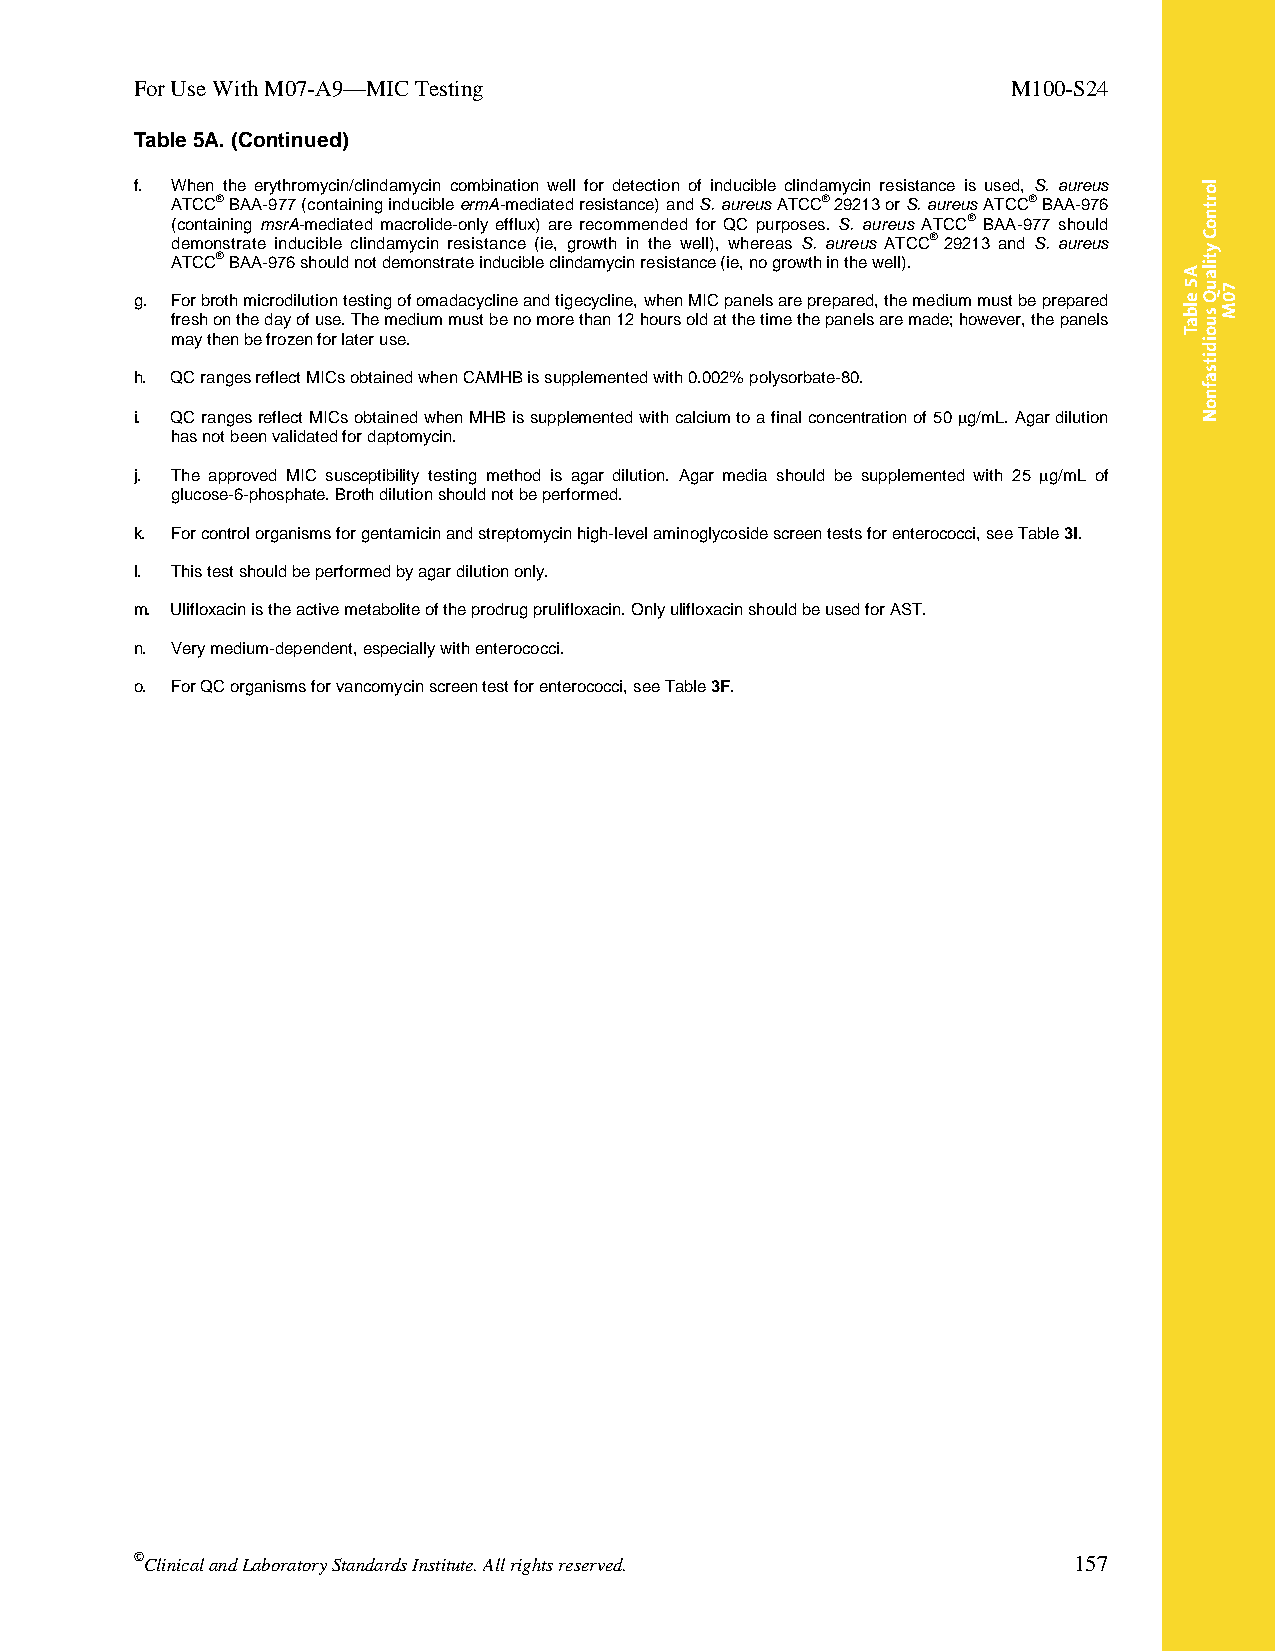
For Use With M07-A9—MIC Testing                           M100-S24
 Table 5A. (Continued)
 f. When the erythromycin/clindamycin combination well for detection of inducible clindamycin resistance is used, S. aureus
 ATCC® BAA-977 (containing inducible ermA-mediated resistance) and S. aureus ATCC® 29213 or S. aureus ATCC® BAA-976
 (containing msrA-mediated macrolide-only efflux) are recommended for QC purposes. S. aureus ATCC® BAA-977 should
 demonstrate inducible clindamycin resistance (ie, growth in the well), whereas S. aureus ATCC® 29213 and S. aureus
 ATCC® BAA-976 should not demonstrate inducible clindamycin resistance (ie, no growth in the well).
 g. For broth microdilution testing of omadacycline and tigecycline, when MIC panels are prepared, the medium must be prepared
 fresh on the day of use. The medium must be no more than 12 hours old at the time the panels are made; however, the panels
 may then be frozen for later use.
 h. QC ranges reflect MICs obtained when CAMHB is supplemented with 0.002% polysorbate-80.
 i. QC ranges reflect MICs obtained when MHB is supplemented with calcium to a final concentration of 50 g/mL. Agar dilution
 has not been validated for daptomycin.
 j. The approved MIC susceptibility testing method is agar dilution. Agar media should be supplemented with 25 g/mL of
 glucose-6-phosphate. Broth dilution should not be performed.
 k. For control organisms for gentamicin and streptomycin high-level aminoglycoside screen tests for enterococci, see Table 3I.
 l. This test should be performed by agar dilution only.
 m. Ulifloxacin is the active metabolite of the prodrug prulifloxacin. Only ulifloxacin should be used for AST.
 n. Very medium-dependent, especially with enterococci.
 o. For QC organisms for vancomycin screen test for enterococci, see Table 3F.
 ©Clinical and Laboratory Standards Institute. All rights reserved. 157
 Thisdocumentisprotectedbycopyright.
 PublishedOn1/1/2014.
 A5
 elbaT
 lortnoC
 ytilauQ
 suoiditsafnoN
 70M